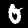
Label: 0